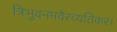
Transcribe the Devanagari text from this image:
त्रिभुवनमवैरव्यतिकरं।